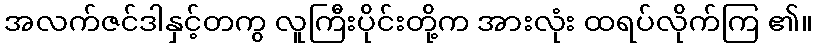
အလက်ဇင်ဒါနှင့်တကွ လူကြီးပိုင်းတို့က အားလုံး ထရပ်လိုက်ကြ ၏။